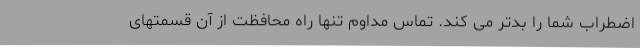
اضطراب شما را بدتر می کند. تماس مداوم تنها راه محافظت از آن قسمتهای